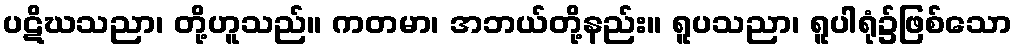
ပဋိဃသညာ၊ တို့ဟူသည်။ ကတမာ၊ အဘယ်တို့နည်း။ ရူပသညာ၊ ရူပါရုံ၌ဖြစ်သော